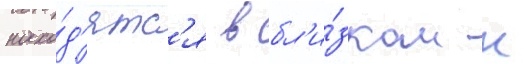
нахо́д'ятс'я в бл'и́зком к